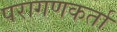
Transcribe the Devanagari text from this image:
परागणकर्ता